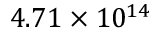
4 . 7 1 \times 1 0 ^ { 1 4 }